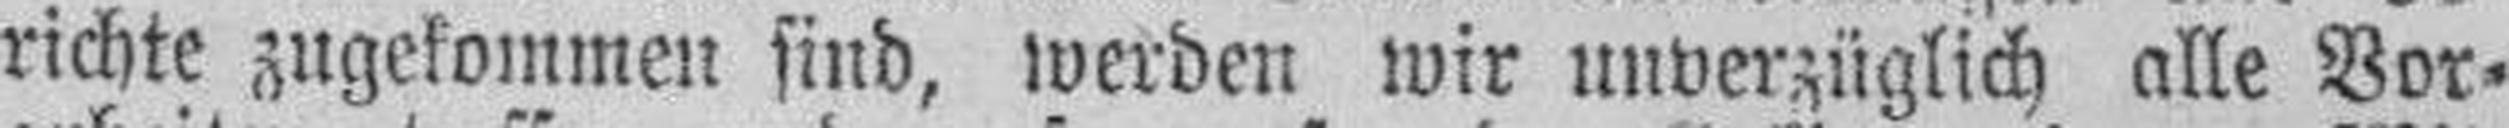
richte zugekommen sind, werden wir unverzüglich alle Vor¬